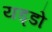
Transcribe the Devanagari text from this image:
यड्डो